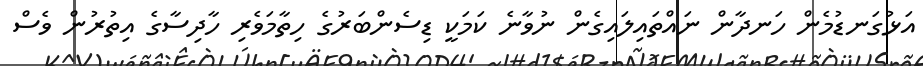
އަޅުގަނޑުމެން ހަނދާން ނައްތައިލައިގެން ނުވާނެ ކަމަކީ ޑިސެންބަރުގެ ހިތާމަވެރި ހާދިސާގެ އިތުރުން ވެސް